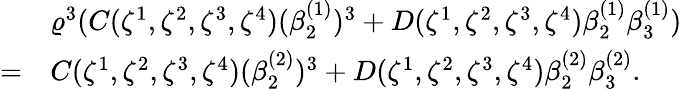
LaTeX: \begin{array}{rl}&{\varrho^{3}(C(\zeta^{1},\zeta^{2},\zeta^{3},\zeta^{4})(\beta_{2}^{(1)})^{3}+D(\zeta^{1},\zeta^{2},\zeta^{3},\zeta^{4})\beta_{2}^{(1)}\beta_{3}^{(1)})}\\ {=}&{C(\zeta^{1},\zeta^{2},\zeta^{3},\zeta^{4})(\beta_{2}^{(2)})^{3}+D(\zeta^{1},\zeta^{2},\zeta^{3},\zeta^{4})\beta_{2}^{(2)}\beta_{3}^{(2)}.}\end{array}